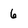
Character: 6